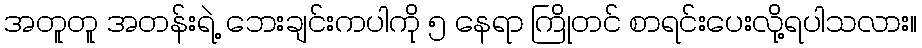
အတူတူ အတန်းရဲ့ ဘေးချင်းကပါကို ၅ နေရာ ကြိုတင် စာရင်းပေးလို့ရပါသလား။